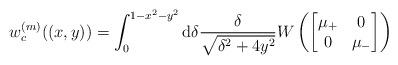
LaTeX: \begin{align*}w_c^{(m)}((x,y))=\int_0^{1-x^2-y^2}\mathrm{d}\delta\frac{\delta}{\sqrt{\delta^2+4y^2}}W\left(\begin{bmatrix}\mu_+&0\\0&\mu_-\end{bmatrix}\right)\end{align*}